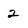
Character: 2